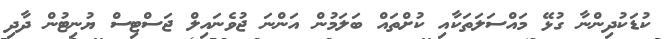
ކުޑަކުދިންނާ ގުޅޭ މައްސަލަތަކާއި ކުށްތައް ބަލަމުން އަންނަ ޖުވެނައިލް ޖަސްޓިސް ޔުނިޓުން ދާދި